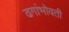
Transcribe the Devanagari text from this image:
ढगांभोवती